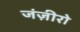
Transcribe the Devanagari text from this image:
जंज़ीरो